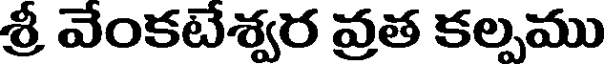
శ్రీ వేంకటేశ్వర వ్రత కల్పము